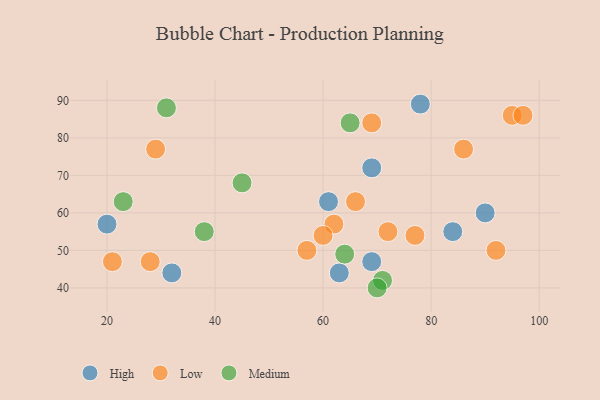
{"axis": {"x": "GDP", "y": "Life Expectancy"}, "legend": ["High", "Low", "Medium"], "data": [{"x": "61", "y": 63, "type": "High"}, {"x": "90", "y": 60, "type": "High"}, {"x": "78", "y": 89, "type": "High"}, {"x": "84", "y": 55, "type": "High"}, {"x": "63", "y": 44, "type": "High"}, {"x": "32", "y": 44, "type": "High"}, {"x": "69", "y": 47, "type": "High"}, {"x": "20", "y": 57, "type": "High"}, {"x": "69", "y": 72, "type": "High"}, {"x": "62", "y": 57, "type": "Low"}, {"x": "29", "y": 77, "type": "Low"}, {"x": "66", "y": 63, "type": "Low"}, {"x": "95", "y": 86, "type": "Low"}, {"x": "21", "y": 47, "type": "Low"}, {"x": "69", "y": 84, "type": "Low"}, {"x": "60", "y": 54, "type": "Low"}, {"x": "28", "y": 47, "type": "Low"}, {"x": "97", "y": 86, "type": "Low"}, {"x": "57", "y": 50, "type": "Low"}, {"x": "86", "y": 77, "type": "Low"}, {"x": "77", "y": 54, "type": "Low"}, {"x": "92", "y": 50, "type": "Low"}, {"x": "72", "y": 55, "type": "Low"}, {"x": "71", "y": 42, "type": "Medium"}, {"x": "38", "y": 55, "type": "Medium"}, {"x": "31", "y": 88, "type": "Medium"}, {"x": "64", "y": 49, "type": "Medium"}, {"x": "23", "y": 63, "type": "Medium"}, {"x": "70", "y": 40, "type": "Medium"}, {"x": "65", "y": 84, "type": "Medium"}, {"x": "45", "y": 68, "type": "Medium"}]}